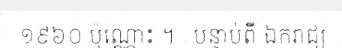
១៩៦០ ប៉ុណ្ណោះ ។ . បន្ទាប់ពី ឯករាជ្យ